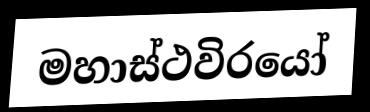
මහාස්ථවිරයෝ